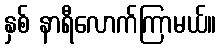
နှစ် နာရီလောက်ကြာမယ်။